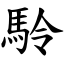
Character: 駖